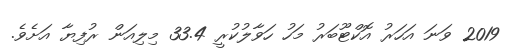
2019 ވަނަ އަހަރު އޮކްޓޫބަރު މަހު ހަވާލުކުރީ 33.4 މިލިއަން ރުފިޔާ އަށެވެ.